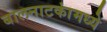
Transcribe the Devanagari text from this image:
बालनाटकांमध्ये